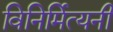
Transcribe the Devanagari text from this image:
विनिर्मित्यनी